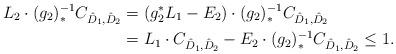
LaTeX: \begin{align*} L_2 \cdot (g_2)_*^{-1} C_{\hat D_1,\hat D_2} &= (g_2^*L_1 - E_2) \cdot (g_2)_*^{-1} C_{\hat D_1,\hat D_2} \\ &= L_1 \cdot C_{\hat D_1,\hat D_2} - E_2 \cdot (g_2)_*^{-1} C_{\hat D_1,\hat D_2} \leq 1.\end{align*}